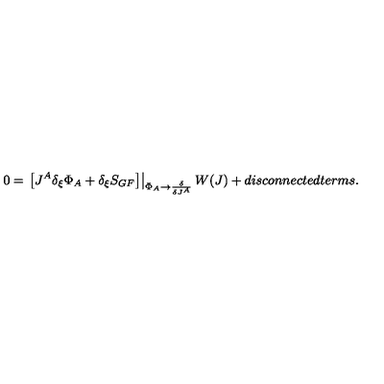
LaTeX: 0 = \left. \left[ J ^ { A } \delta _ { \xi } \Phi _ { A } + \delta _ { \xi } S _ { G F } \right] \right| _ { \Phi _ { A } \rightarrow \frac { \delta } { \delta J ^ { A } } } W ( J ) + d i s c o n n e c t e d t e r m s .